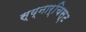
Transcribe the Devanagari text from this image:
स्य्नार्चिस्ट